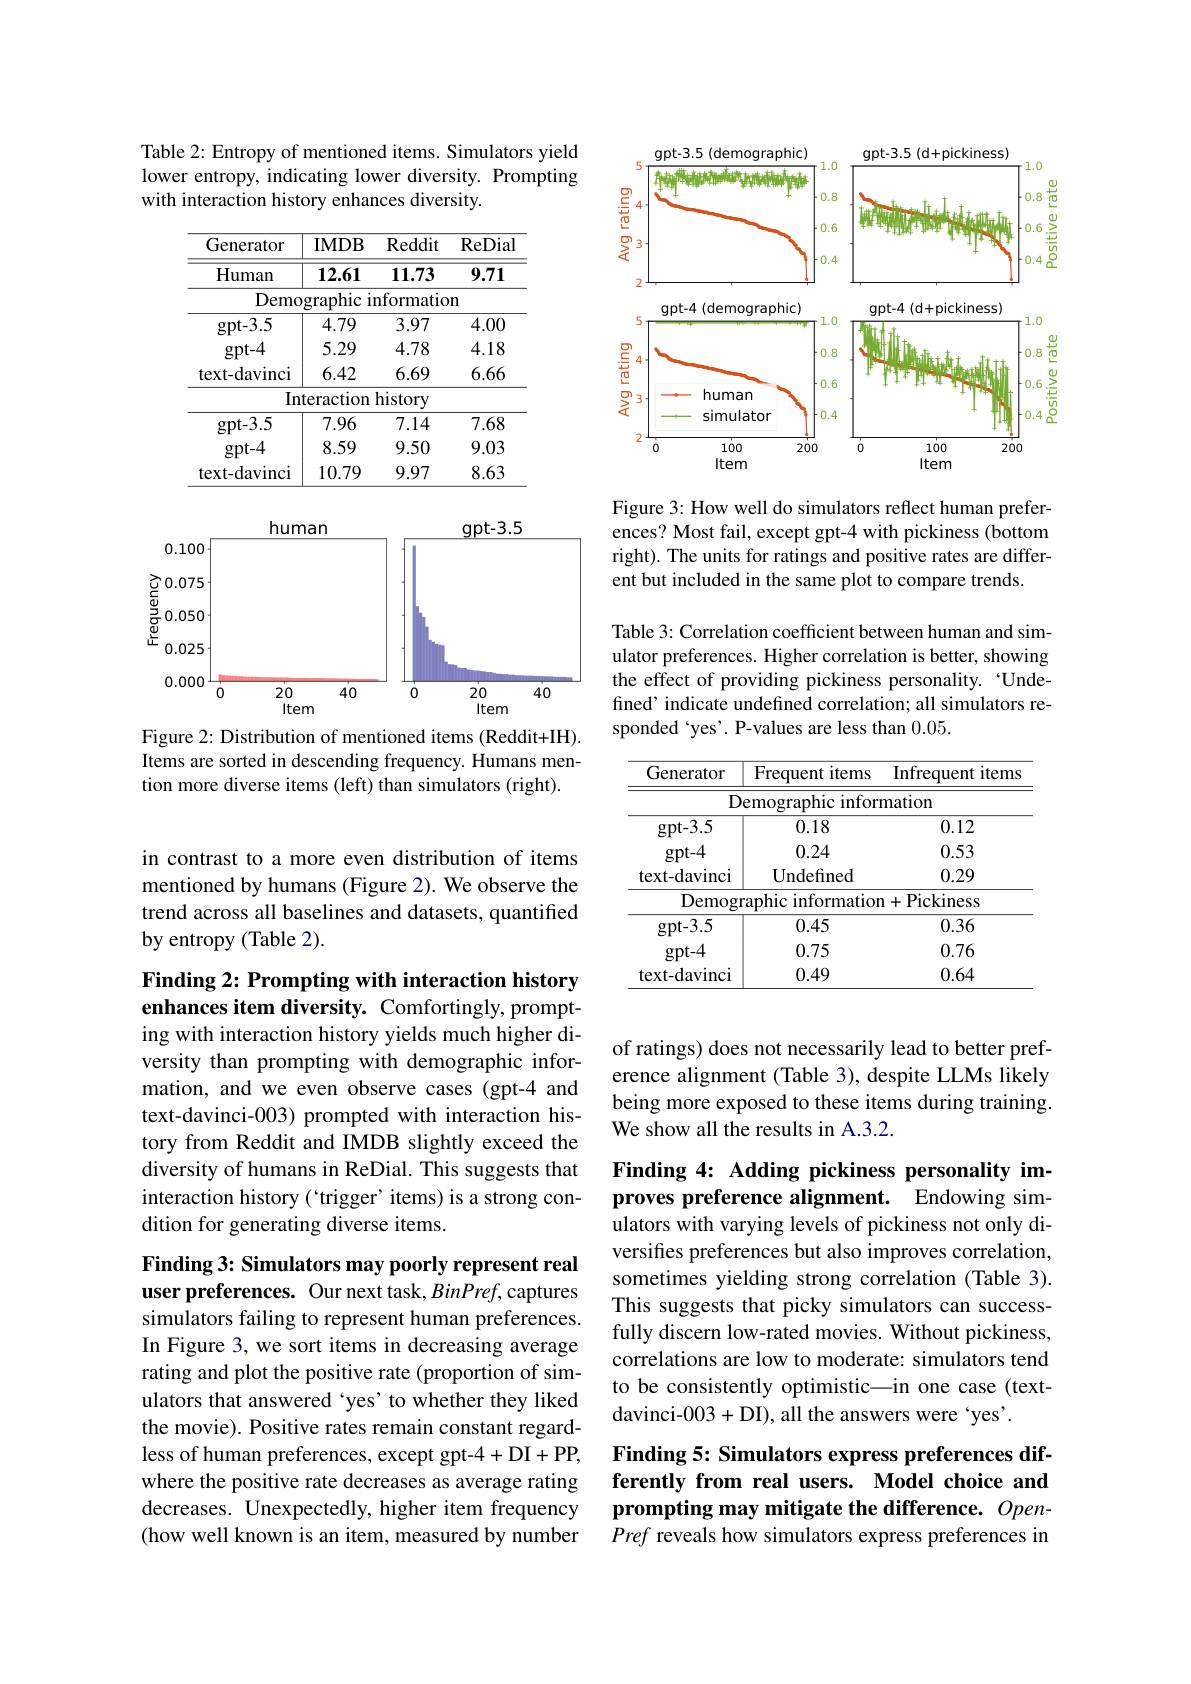
Table 2: Entropy of mentioned items. Simulators yield lower entropy, indicating lower diversity. Prompting with interaction history enhances diversity.

<table>
	<tbody>
		<tr>
			<th>Generator</th>
			<th>IMDB</th>
			<th>Reddit</th>
			<th>ReDial</th>
		</tr>
		<tr>
			<td>${\mathrm{Human}}$</td>
			<td>12.61</td>
			<td>11.73</td>
			<td>9.71</td>
		</tr>
		<tr>
			<td>Demo</td>
			<td>graphic</td>
			<td>nformatio</td>
			<td>$n$</td>
		</tr>
		<tr>
			<td>gpt- 3. 5</td>
			<td>4.79</td>
			<td>3.97</td>
			<td>4.00</td>
		</tr>
		<tr>
			<td>gpt- 4</td>
			<td>5.29</td>
			<td>4.78</td>
			<td>4.18</td>
		</tr>
		<tr>
			<td>text-davinci</td>
			<td>6.42</td>
			<td>6.69</td>
			<td>6.66</td>
		</tr>
		<tr>
			<td>Int</td>
			<td>teraction</td>
			<td>history</td>
			<td> </td>
		</tr>
		<tr>
			<td>gpt- 3. 5</td>
			<td>7.96</td>
			<td>7.14</td>
			<td>7.68</td>
		</tr>
		<tr>
			<td>gpt- 4</td>
			<td>8.59</td>
			<td>9.50</td>
			<td>9.03</td>
		</tr>
		<tr>
			<td>text-davinci</td>
			<td>10.79</td>
			<td>9.97</td>
			<td>8.63</td>
		</tr>
	</tbody>
</table>

<FigureHere>

Figure 2: Distribution of mentioned items (Reddit+IH). Items are sorted in descending frequency. Humans mention more diverse items (left) than simulators (right).

in contrast to a more even distribution of items mentioned by humans (Figure 2). We observe the trend across all baselines and datasets, quantified by entropy (Table 2).

Finding 2: Prompting with interaction history enhances item diversity. Comfortingly, prompt-

ing with interaction history yields much higher diversity than prompting with demographic information, and we even observe cases (gpt-4 and text-davinci-003) prompted with interaction history from Reddit and IMDB slightly exceed the diversity of humans in ReDial. This suggests that interaction history(“trigger’items) is a strong condition for generating diverse items.

Finding 3: Simulators may poorly represent real user preferences. Our next task, BinPref, captures simulators failing to represent human preferences. In Figure 3, we sort items in decreasing average rating and plot the positive rate (proportion of simulators that answered 'yes' to whether they liked the movie). Positive rates remain constant regardless of human preferences, except gpt-4+DI+PP, where the positive rate decreases as average rating decreases. Unexpectedly, higher item frequency (how well known is an item, measured by number

<FigureHere>

Figure 3: How well do simulators reflect human preferences? Most fail, except gpt-4 with pickiness (bottom right). The units for ratings and positive rates are different but included in the same plot to compare trends.

Table 3: Correlation coefficient between human and simulator preferences. Higher correlation is better, showing the effect of providing pickiness personality. 'Undefined’ indicate undefined correlation; all simulators responded 'yes'. P-values are less than 0.05.

<table>
	<tbody>
		<tr>
			<th>Generator</th>
			<th>Frequent items</th>
			<th>Infrequent items</th>
		</tr>
		<tr>
			<td>D</td>
			<td>emographic infor</td>
			<td>mation</td>
		</tr>
		<tr>
			<td>gpt- 3. 5</td>
			<td>0.18</td>
			<td>0.12</td>
		</tr>
		<tr>
			<td>gpt- 4</td>
			<td>0.24</td>
			<td>0.53</td>
		</tr>
		<tr>
			<td>text-davinci</td>
			<td>${\mathrm{Undefined}}$</td>
			<td>0.29</td>
		</tr>
		<tr>
			<td>Demog</td>
			<td>${\mathrm{caphic~informatior}}$</td>
			<td>1+Pickiness</td>
		</tr>
		<tr>
			<td>gpt- 3. 5</td>
			<td>0.45</td>
			<td>0.36</td>
		</tr>
		<tr>
			<td>gpt- 4</td>
			<td>0.75</td>
			<td>0.76</td>
		</tr>
		<tr>
			<td>text-davinci</td>
			<td>0.49</td>
			<td>0.64</td>
		</tr>
	</tbody>
</table>

of ratings) does not necessarily lead to better preference alignment (Table 3), despite LLMs likely being more exposed to these items during training. We show all the results in A.3.2.

## Finding 4: Adding pickiness personality improves preference alignment. Endowing sim- $\bar{\text{ulators with varying levels of pickiness not only di-}}$

versifes preferences but also improves correlation, sometimes yielding strong correlation (Table 3). This suggests that picky simulators can successfully discern low-rated movies. Without pickiness, correlations are low to moderate: simulators tend to be consistently optimistic\_in one case (textdavinci-003+DI), all the answers were‘yes'.

## Finding 5: Simulators express preferences differently from real users. Model choice and prompting may mitigate the difference. $Open-$ Pref reveals how simulators express preferences in